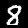
Label: 8